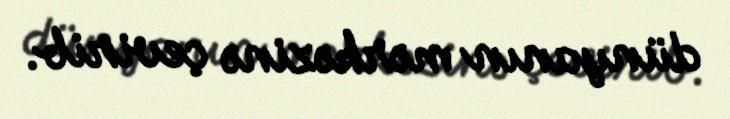
dünyanın mərkəzinə çevirib.